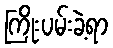
ကြိုးပမ်းခဲ့ရာ